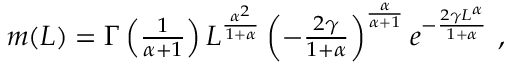
\begin{array} { r } { m ( L ) = \Gamma \left( \frac { 1 } { \alpha + 1 } \right) L ^ { \frac { \alpha ^ { 2 } } { 1 + \alpha } } \left( - \frac { 2 \gamma } { 1 + \alpha } \right) ^ { \frac { \alpha } { \alpha + 1 } } e ^ { - \frac { 2 \gamma L ^ { \alpha } } { 1 + \alpha } } \ , } \end{array}